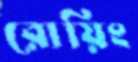
রোয়িং